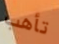
تأهب